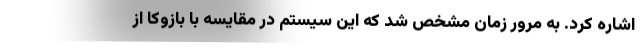
اشاره کرد. به مرور زمان مشخص شد که این سیستم در مقایسه با بازوکا از